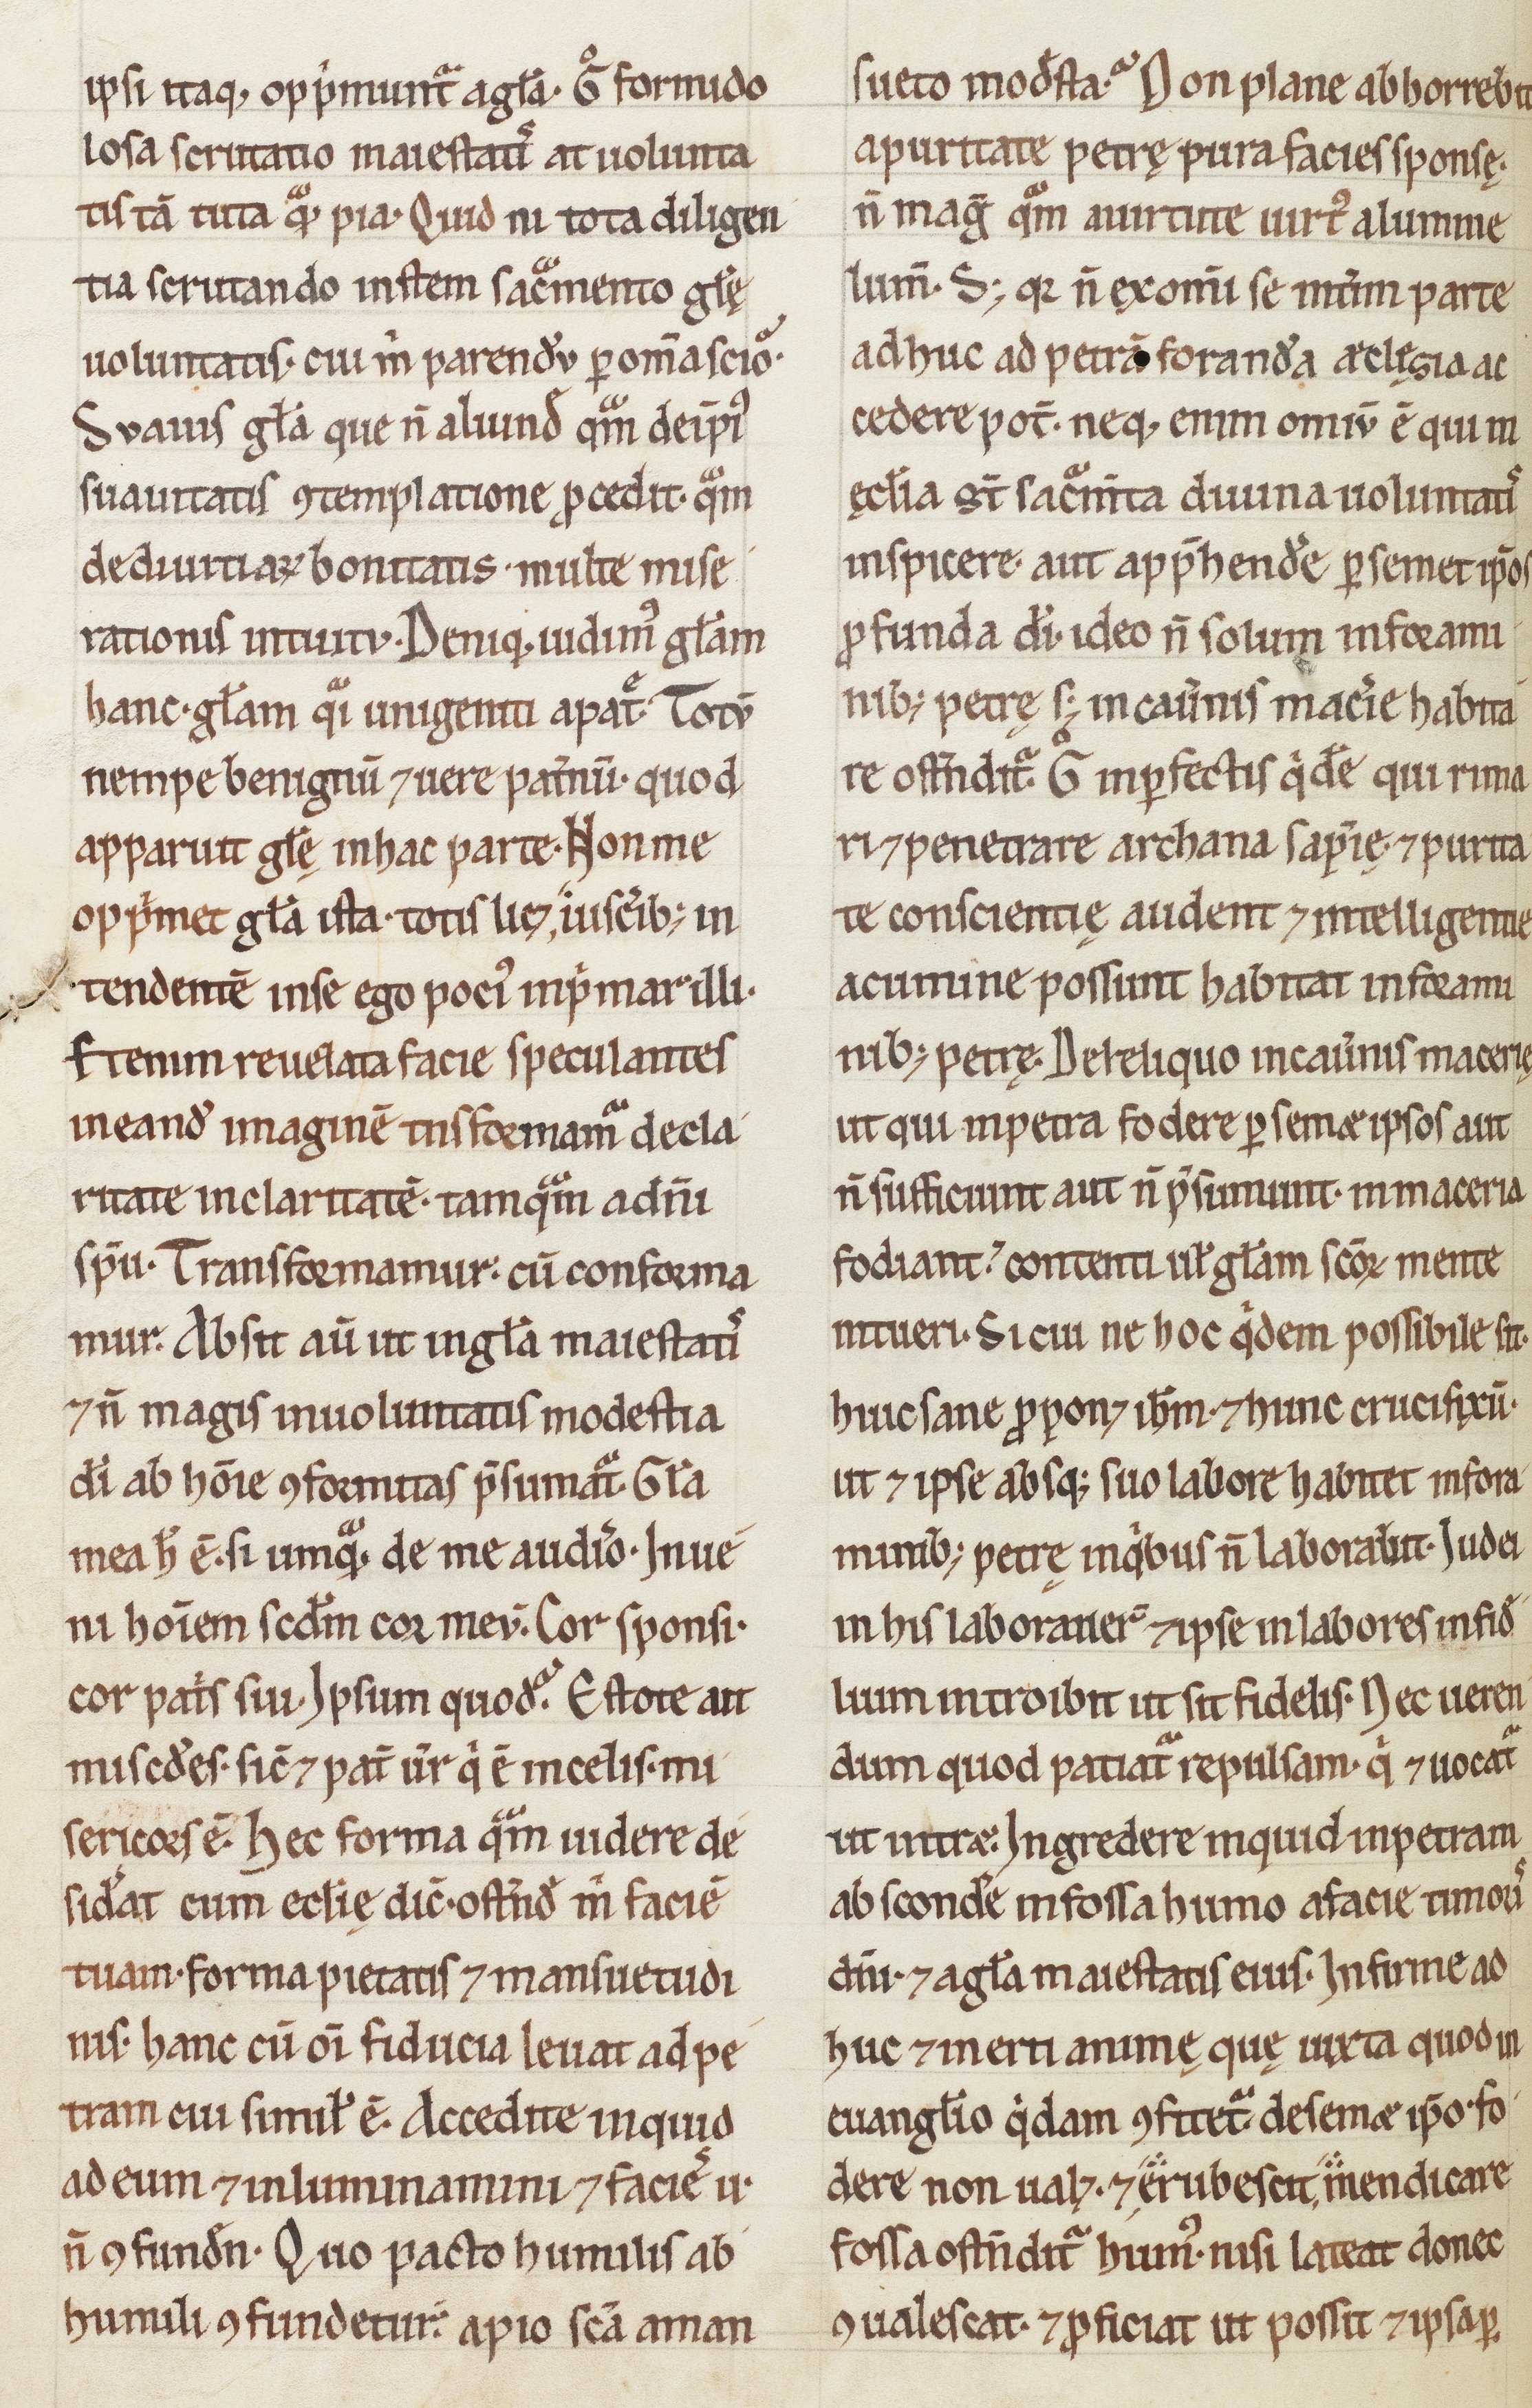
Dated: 1200–1299